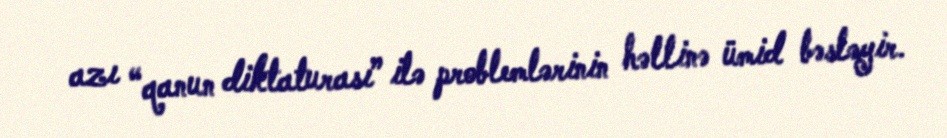
azı “qanun diktaturası” ilə problemlərinin həllinə ümid bəsləyir.